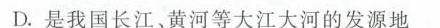
D.是我国长江、黄河等大江大河的发源地